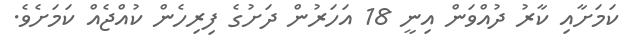
ކަމަށާއި ކާރު ދުއްވަން އިނީ 18 އަހަރުން ދަށުގެ ފިރިހެން ކުއްޖެއް ކަަމަށެވެ.